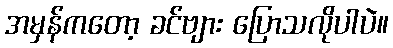
အမှန်ကတော့ ခင်ဗျား ပြောသလိုပါပဲ။